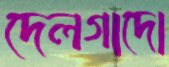
দেলগাদো